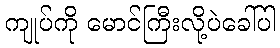
ကျုပ်ကို မောင်ကြီးလို့ပဲခေါ်ပါ